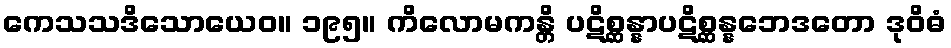
ကေသသဒိသောယေဝ။ ၁၉၅။ ကိလောမကန္တိ ပဋိစ္ဆန္နာပဋိစ္ဆန္နဘေဒတော ဒုဝိဓံ